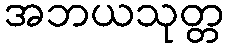
အဘယသုတ္တ